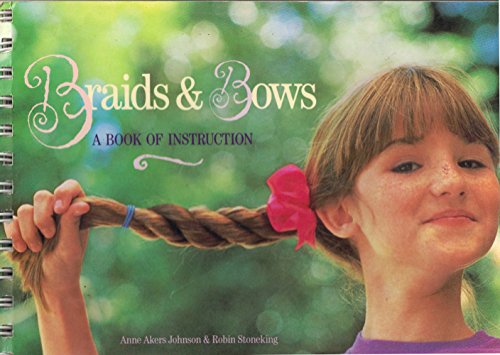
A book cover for BRAIDS & BOWS - a Book of Instruction; ANNE AKERS & STONEKING, ROBIN JOHNSON; Health, Fitness & Dieting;